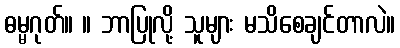
ဓမ္မဂုတ်။ ။ ဘာပြုလို့ သူများ မသိစေချင်တာလဲ။